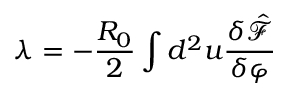
\lambda = - \frac { R _ { 0 } } { 2 } \int d ^ { 2 } u \frac { \delta \hat { \mathcal F } } { \delta \varphi }